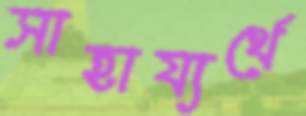
সাহায্যর্থে